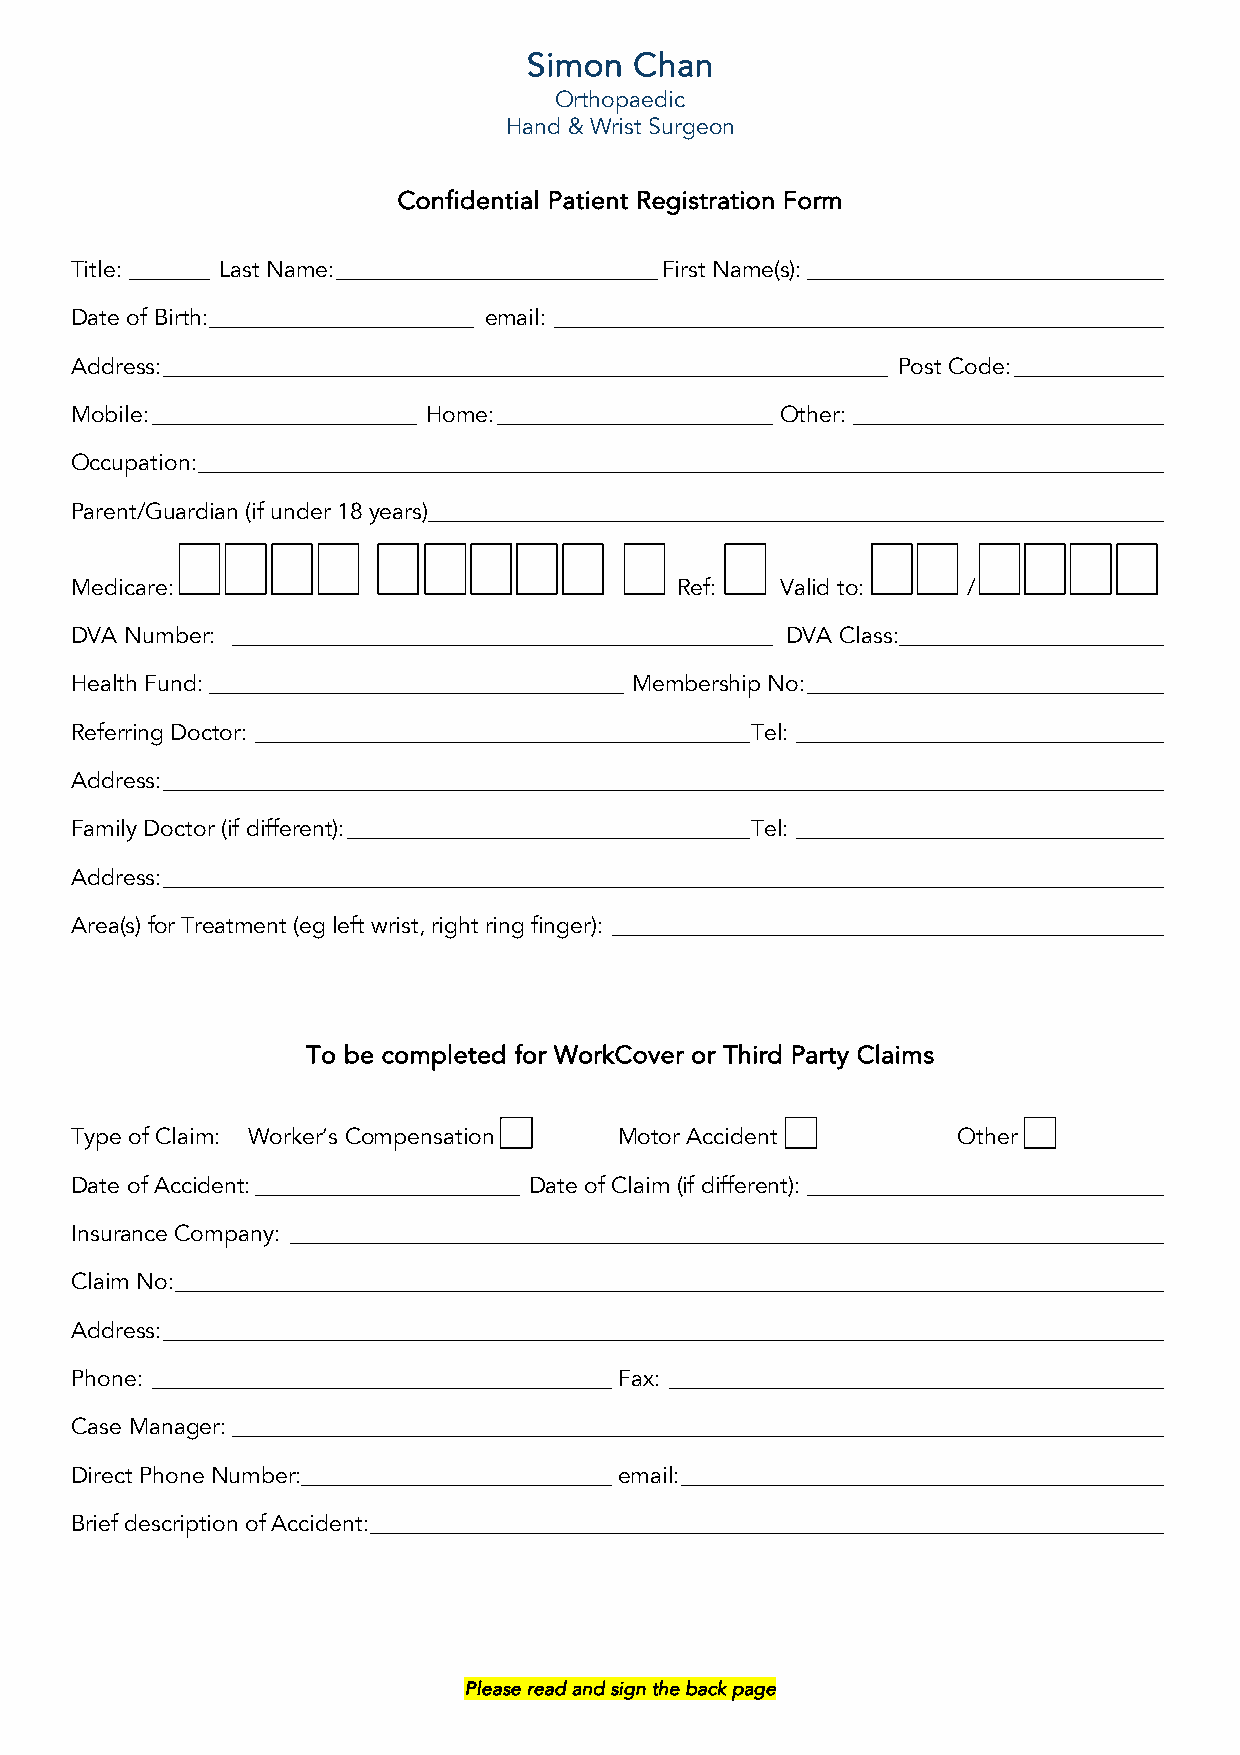
Simon  Chan
 Orthopaedic
 Hand & Wrist Surgeon
 Confidential Patient Registration Form
 Title: _______ Last Name: ____________________________ First Name(s): _______________________________
 Date of Birth: _______________________ email: _____________________________________________________
 Address: _______________________________________________________________ Post Code: _____________
 Mobile: _______________________ Home: ________________________ Other: ___________________________
 Occupation: ____________________________________________________________________________________
 Parent/Guardian (if under 18 years)________________________________________________________________
 Medicare:                               Ref:   Valid to:   /
 DVA Number: _______________________________________________ DVA Class: _______________________
 Health Fund: ____________________________________ Membership No: _______________________________
 Referring Doctor: ___________________________________________ Tel: ________________________________
 Address: _______________________________________________________________________________________
 Family Doctor (if different): ___________________________________ Tel: ________________________________
 Address: _______________________________________________________________________________________
 Area(s) for Treatment (eg left wrist, right ring finger): ________________________________________________
 To be completed for WorkCover or Third Party Claims
 Type of Claim: Worker’s Compensation Motor Accident       Other
 Date of Accident: _______________________ Date of Claim (if different): _______________________________
 Insurance Company: ____________________________________________________________________________
 Claim No: ______________________________________________________________________________________
 Address: _______________________________________________________________________________________
 Phone: ________________________________________ Fax: ___________________________________________
 Case Manager: _________________________________________________________________________________
 Direct Phone Number:___________________________ email: __________________________________________
 Brief description of Accident: _____________________________________________________________________
 Please read and sign the back page